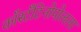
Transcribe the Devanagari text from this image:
काँस्टँटिनोपोलला